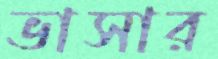
ভাসার